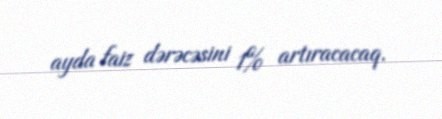
ayda faiz dərəcəsini 1% artıracacaq.